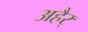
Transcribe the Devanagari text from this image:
अहैर्